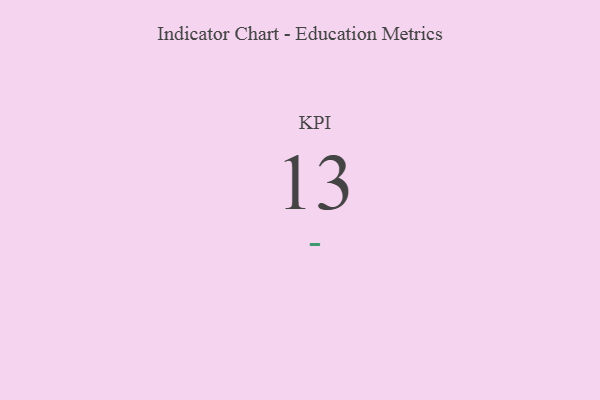
{"axis": {"x": "KPI", "y": "Value"}, "legend": [""], "data": [{"x": "KPI", "y": 13, "type": ""}]}